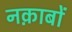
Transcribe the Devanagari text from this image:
नक़ाबों